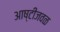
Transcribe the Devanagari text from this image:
आष्टीजवळ